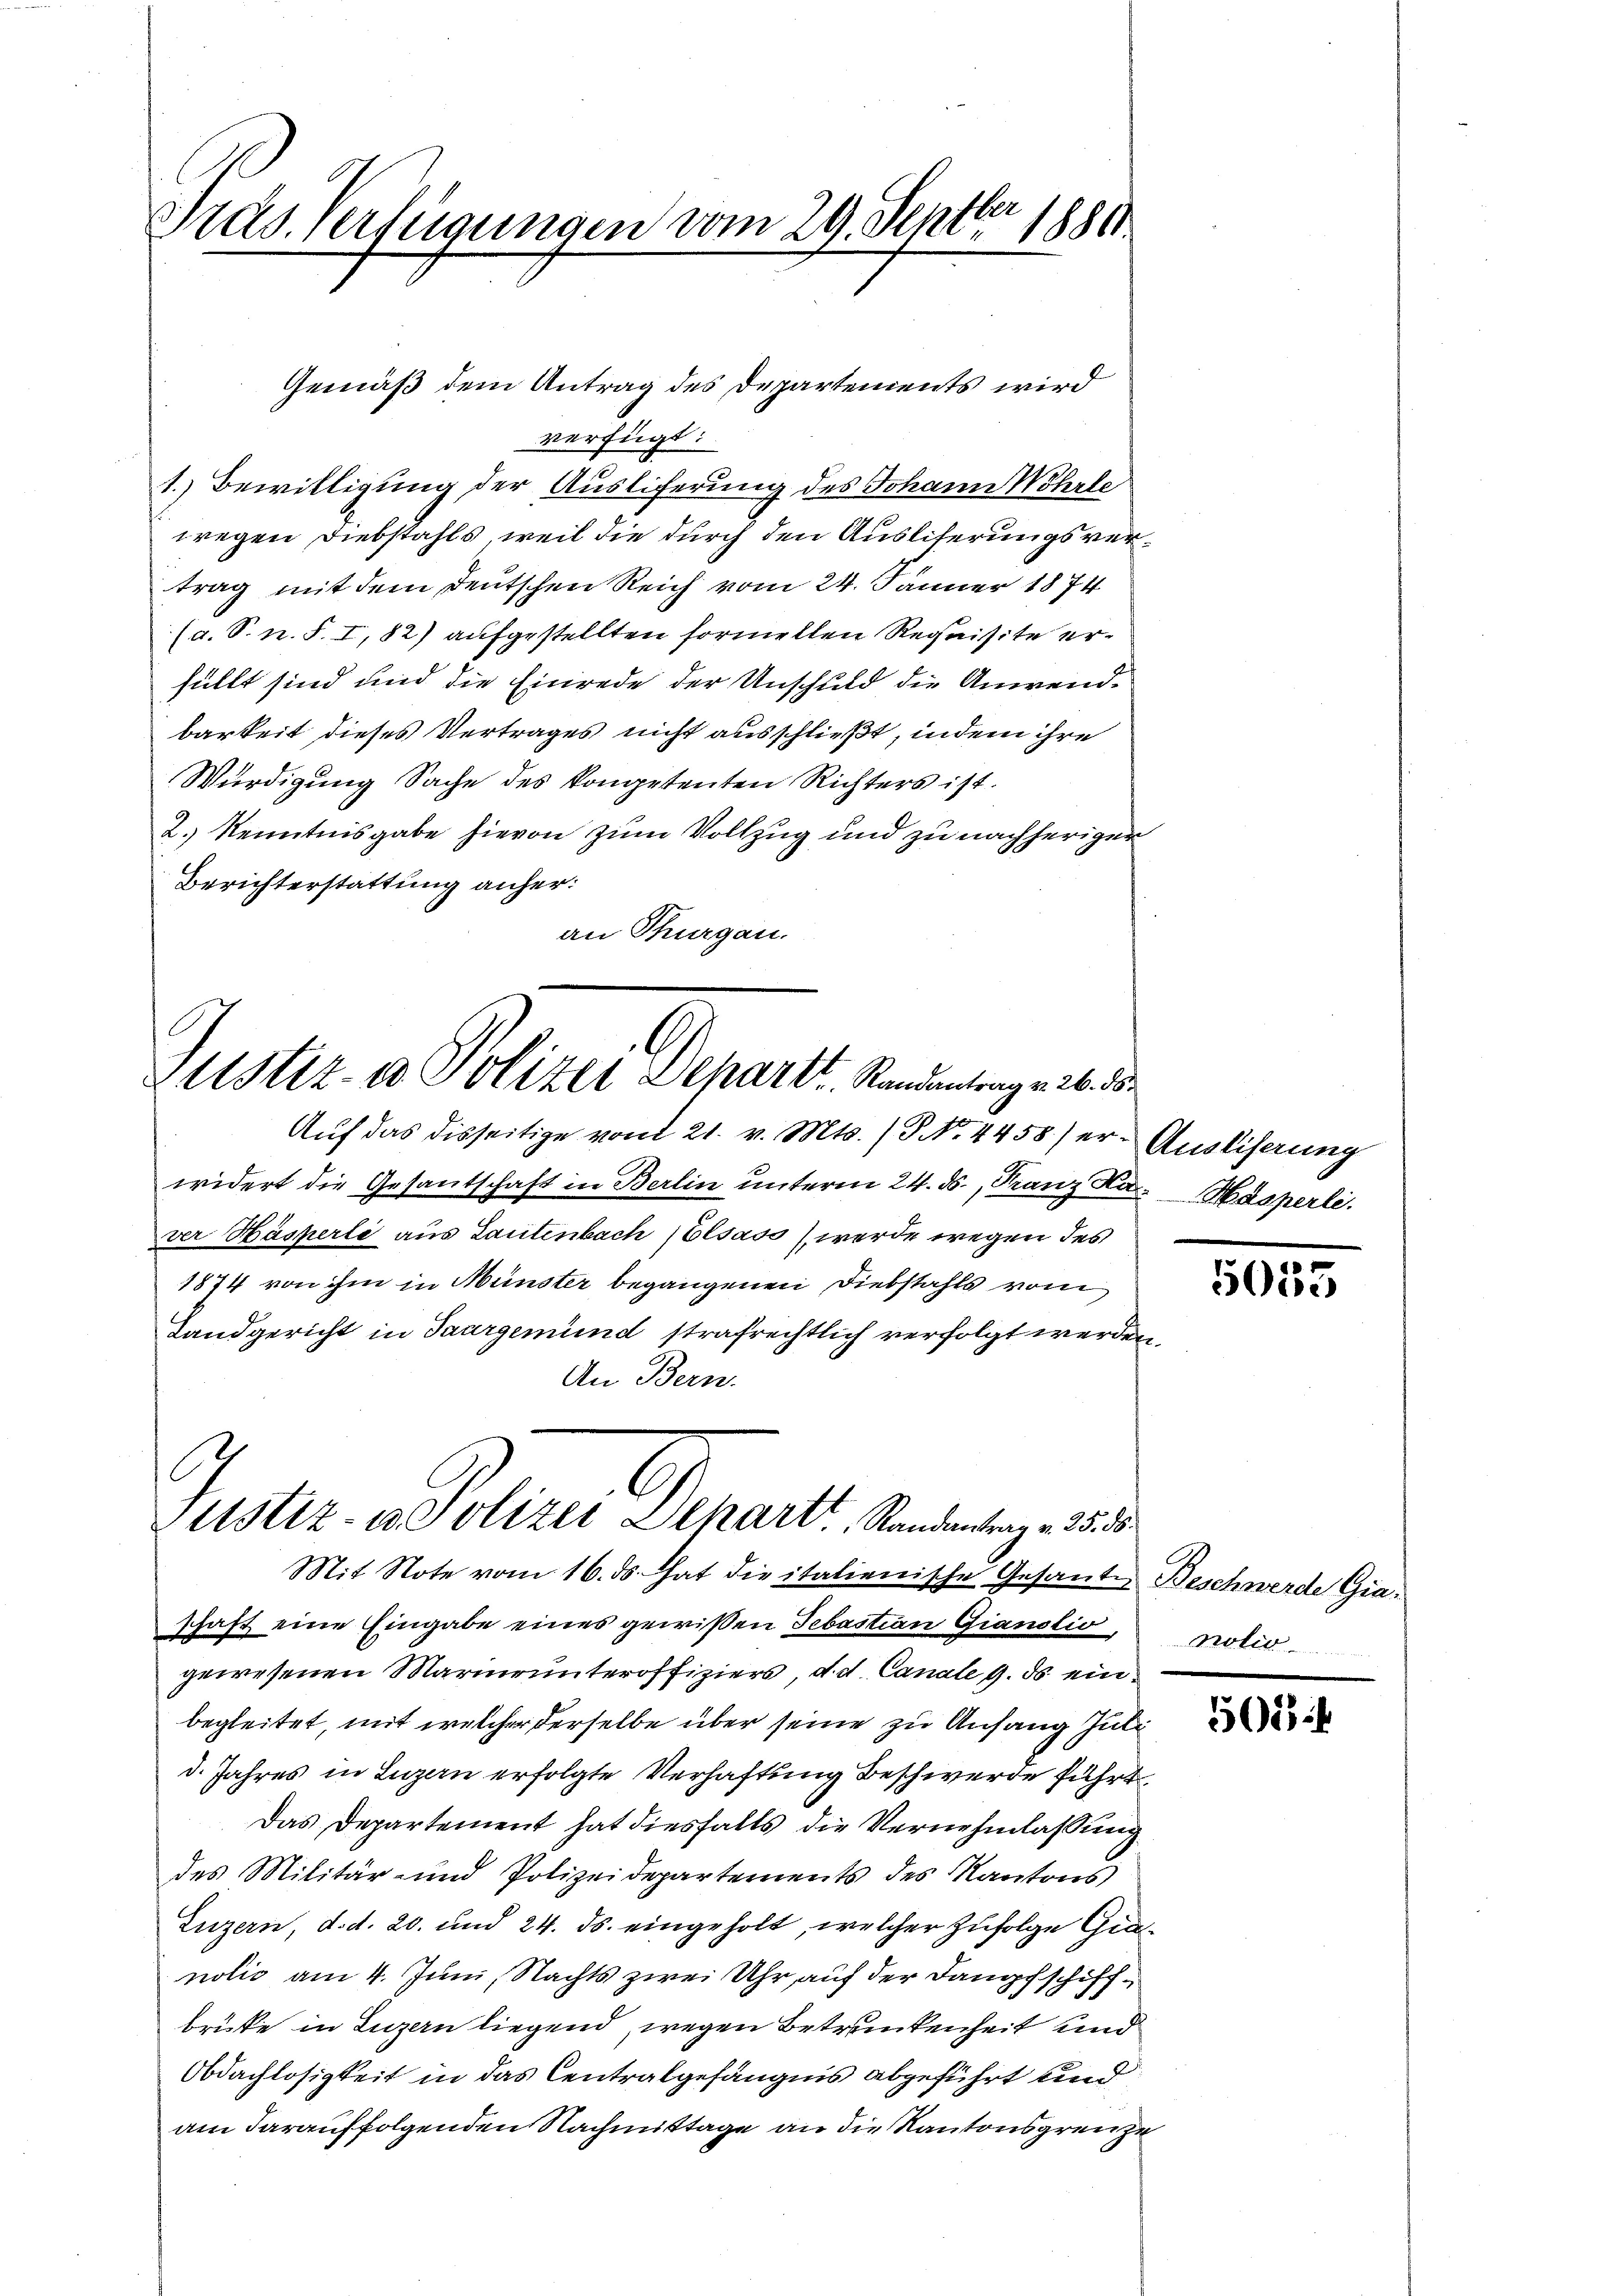
Pras. Verfügungen vom 29. Septbr 1881

verfügt:
1.) Bewilligung der Ausliferung des Johann Wehrle
wegen Diebstahls, weil die durch den Auslieferungsvertrag mit dem deutschen Reich vom 24. Jänner 1874
(a. S. n. F. I, 82) aufgestellten formellen Requisite erfüllt sind und die Einrede der Unschuld die Anwendbarkeit dieses Vertrages nicht ausschließt, indem ihre
Würdigung Sache des kompetenten Richters ist.
2.) Kenntnisgabe hievon zum Vollzug und zu nachheriger
Berichterstattung anher:
an Thurgau.

Gemäß dem Antrag des Departements wird

Justiz- & Polizei Departt. Randentrage 26. d.

Auf das disseitige vom 21. v. Mts. (T. 4458) er- Ausliserung
widert die Gesantschaft in Berlin unterm 24. ds., Franz Kar-Hasperli.
ver Häsperli aus Lautenbach Elsass werde wegen des
1874 von ihm in Münster begangenen Diebstahls vom
Landgericht in Saargemünd strafrechtlich verfolgt werden
An Bern.
Mit Note vom 16. ds hat die italienische Gesante Beschwerde Giaschaft eine Eingabe eines gewißen Sebastian Gianotio
gewesenen Marierunteroffiziers, d. d. Canale 9. ds einbegleitet, mit welcher derselbe über seine zu Anfang Juli
d. Jahres in Luzern erfolgte Verhaftung Beschwerde führt
Das Departement hat diesfalls die Vernehmlassung
des Militär- und Polizeidepartements des Kantons
Luzern, d. d. 20. und 24. ds. eingeholt, welcher zufolge Granolio am 4. Juni, Nachts zwei Uhr auf der Dampfschiffbrite in Luzern liegend, wegen Betrunkenheit und
Obdachlosigkeit in das Centralgefängnis abgeführt und
am darauf folgenden Nachmittage an die Kantonsgrenze

l
Custiz- u. Polizei Dehart Randantrag v. 25. ds.

5053

Motio

501